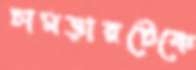
চামড়ারটেকে